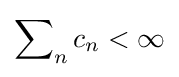
\sum \nolimits _{n}c_{n}<\infty